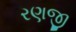
રણજી